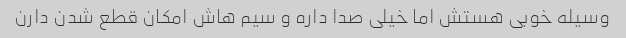
وسیله خوبی هستش اما خیلی صدا داره و سیم هاش امکان قطع شدن دارن